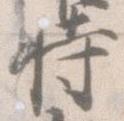
時